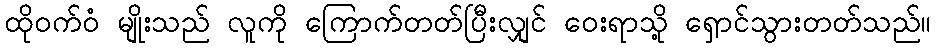
ထိုဝက်ဝံ မျိုးသည် လူကို ကြောက်တတ်ပြီးလျှင် ဝေးရာသို့ ရှောင်သွားတတ်သည်။